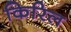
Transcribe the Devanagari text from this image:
किरिल